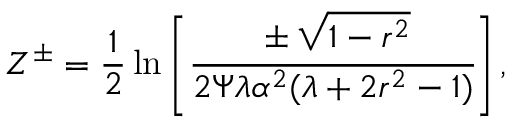
Z ^ { \pm } = \frac { 1 } { 2 } \ln \left[ \cfrac { \pm \sqrt { 1 - r ^ { 2 } } } { 2 \Psi \lambda \alpha ^ { 2 } ( \lambda + 2 r ^ { 2 } - 1 ) } \right] ,